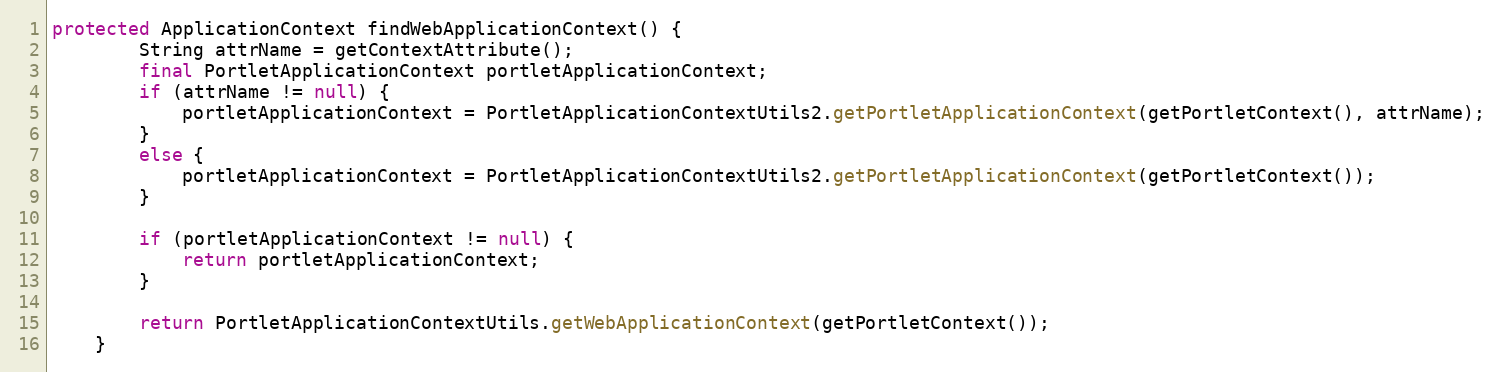
Language: Java
protected ApplicationContext findWebApplicationContext() {
        String attrName = getContextAttribute();
        final PortletApplicationContext portletApplicationContext;
        if (attrName != null) {
            portletApplicationContext = PortletApplicationContextUtils2.getPortletApplicationContext(getPortletContext(), attrName);
        }
        else {
            portletApplicationContext = PortletApplicationContextUtils2.getPortletApplicationContext(getPortletContext());
        }

        if (portletApplicationContext != null) {
            return portletApplicationContext;
        }

        return PortletApplicationContextUtils.getWebApplicationContext(getPortletContext());
    }